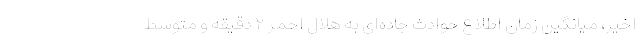
اخیر، میانگین زمان اطلاع حوادث جاده‌ای به هلال احمر ۲ دقیقه و متوسط